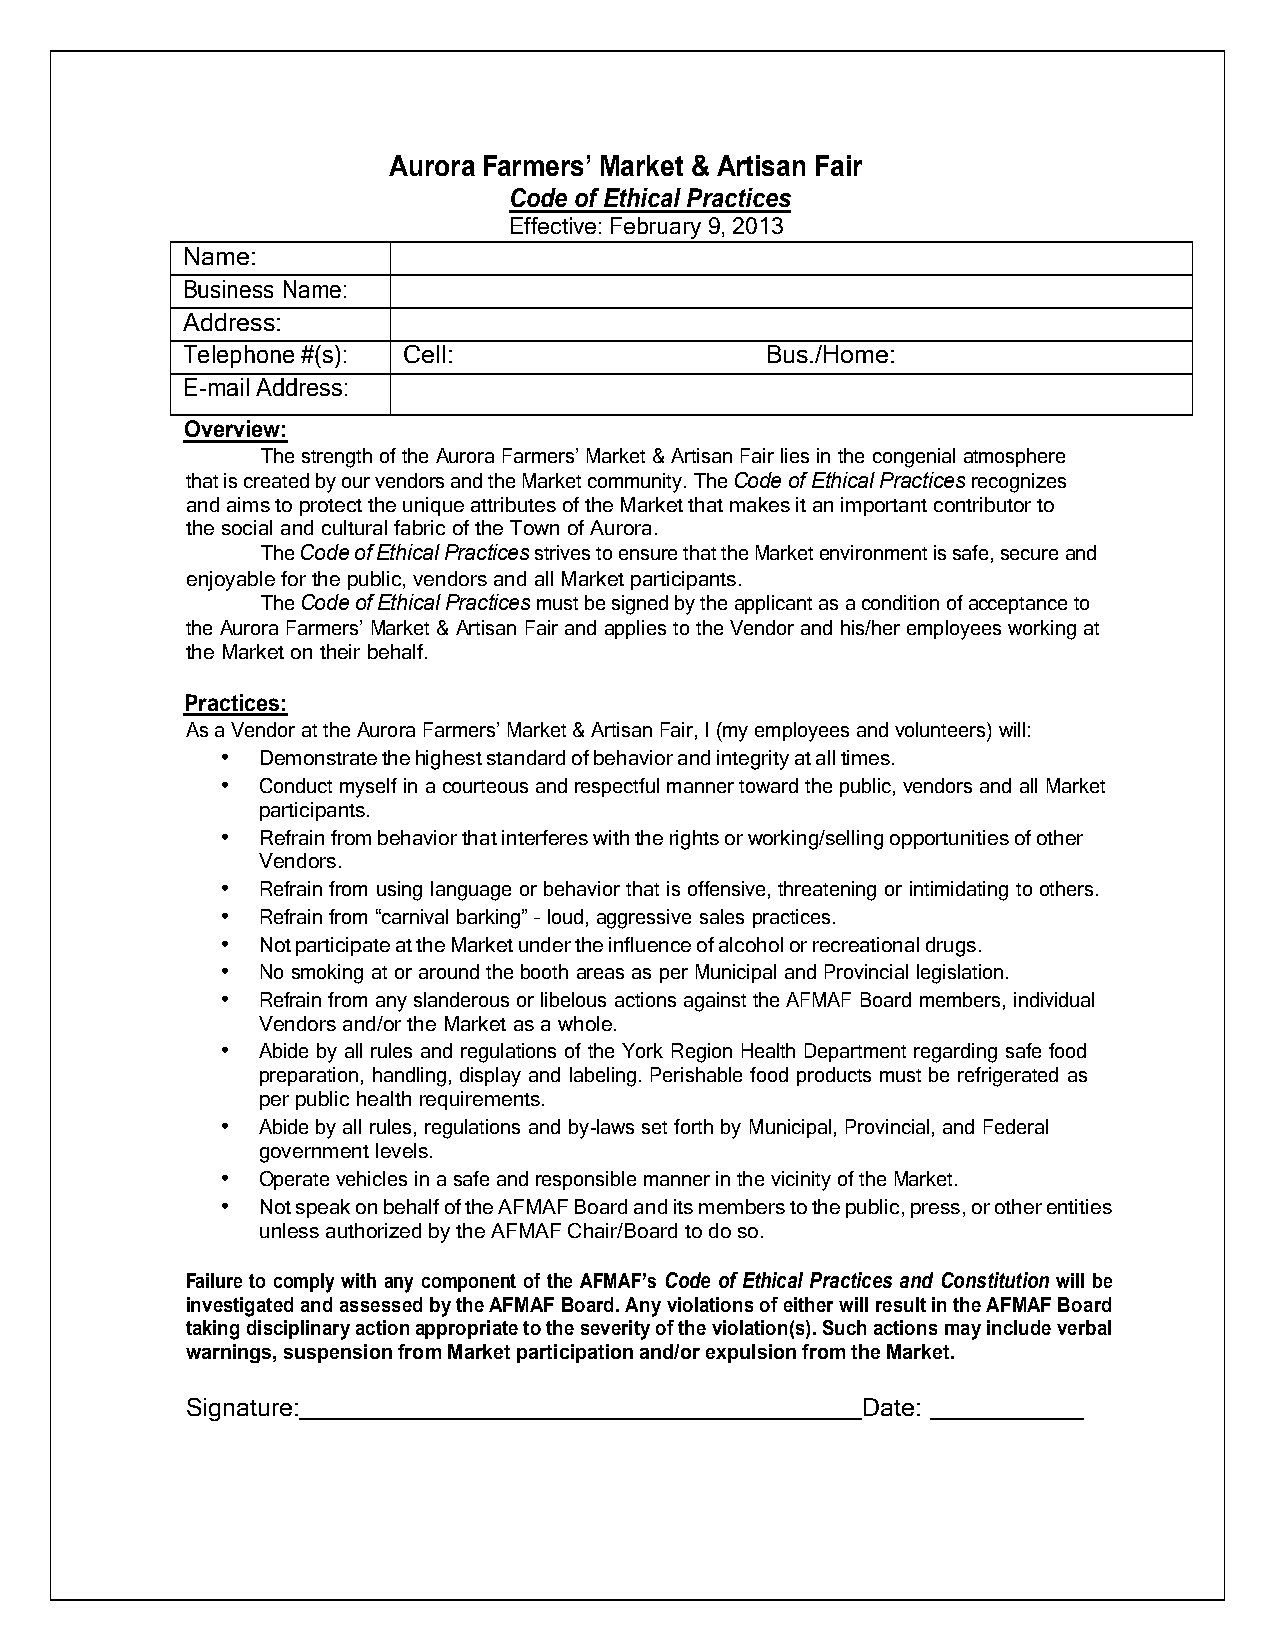
Aurora Farmers’ Market & Artisan Fair
 Code of Ethical Practices
 Effective: February 9, 2013
 Name:
 Business Name:
 Address:
 Telephone #(s): Cell:                  Bus./Home:
 E-mail Address:
 Overview:
 The strength of the Aurora Farmers’ Market & Artisan Fair lies in the congenial atmosphere
 that is created by our vendors and the Market community. The Code of Ethical Practices recognizes
 and aims to protect the unique attributes of the Market that makes it an important contributor to
 the social and cultural fabric of the Town of Aurora.
 The Code of Ethical Practices strives to ensure that the Market environment is safe, secure and
 enjoyable for the public, vendors and all Market participants.
 The Code of Ethical Practices must be signed by the applicant as a condition of acceptance to
 the Aurora Farmers’ Market & Artisan Fair and applies to the Vendor and his/her employees working at
 the Market on their behalf.
 Practices:
 As a Vendor at the Aurora Farmers’ Market & Artisan Fair, I (my employees and volunteers) will:
 • Demonstrate the highest standard of behavior and integrity at all times.
 • Conduct myself in a courteous and respectful manner toward the public, vendors and all Market
 participants.
 • Refrain from behavior that interferes with the rights or working/selling opportunities of other
 Vendors.
 • Refrain from using language or behavior that is offensive, threatening or intimidating to others.
 • Refrain from “carnival barking” – loud, aggressive sales practices.
 • Not participate at the Market under the influence of alcohol or recreational drugs.
 • No smoking at or around the booth areas as per Municipal and Provincial legislation.
 • Refrain from any slanderous or libelous actions against the AFMAF Board members, individual
 Vendors and/or the Market as a whole.
 • Abide by all rules and regulations of the York Region Health Department regarding safe food
 preparation, handling, display and labeling. Perishable food products must be refrigerated as
 per public health requirements.
 • Abide by all rules, regulations and by-laws set forth by Municipal, Provincial, and Federal
 government levels.
 • Operate vehicles in a safe and responsible manner in the vicinity of the Market.
 • Not speak on behalf of the AFMAF Board and its members to the public, press, or other entities
 unless authorized by the AFMAF Chair/Board to do so.
 Failure to comply with any component of the AFMAF’s Code of Ethical Practices and Constitution will be
 investigated and assessed by the AFMAF Board. Any violations of either will result in the AFMAF Board
 taking disciplinary action appropriate to the severity of the violation(s). Such actions may include verbal
 warnings, suspension from Market participation and/or expulsion from the Market.
 Signature:                                   Date: